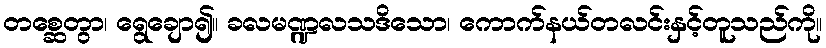
တစ္ဆေတွာ၊ ရွေချော၍။ ခလမဏ္ဍလသဒိသော၊ ကောက်နယ်တလင်းနှင့်တူသည်ကို။